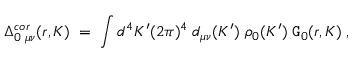
\Delta _ { 0 \; \mu \nu } ^ { c o r } ( r , K ) \; = \; \int { d ^ { 4 } K ^ { \prime } } { ( 2 \pi ) ^ { 4 } } \; d _ { \mu \nu } ( K ^ { \prime } ) \; \rho _ { 0 } ( K ^ { \prime } ) \; { \tt G } _ { 0 } ( r , K ) \; ,